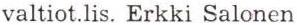
valtiot.lis. Erkki Salonen